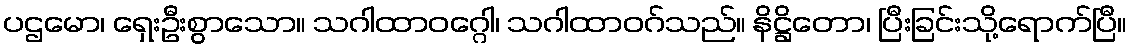
ပဌမော၊ ရှေးဦးစွာသော။ သဂါထာဝဂ္ဂေါ၊ သဂါထာဝဂ်သည်။ နိဋ္ဌိတော၊ ပြီးခြင်းသို့ရောက်ပြီ။